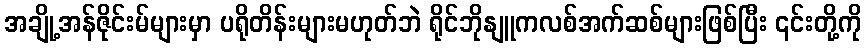
အချို့အန်ဇိုင်းမ်များမှာ ပရိုတိန်းများမဟုတ်ဘဲ ရိုင်ဘိုနျူကလစ်အက်ဆစ်များဖြစ်ပြီး ၎င်းတို့ကို